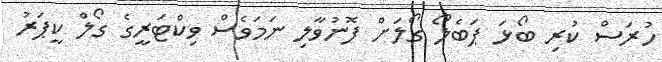
ހުރަސް ކުރި ބޯޅަ ޕަބެލޯ ގޯލަށް ފޮނުވާލި ނަމަވެސް ވިކްޓަރީގެ ގޯލް ކީޕަރު